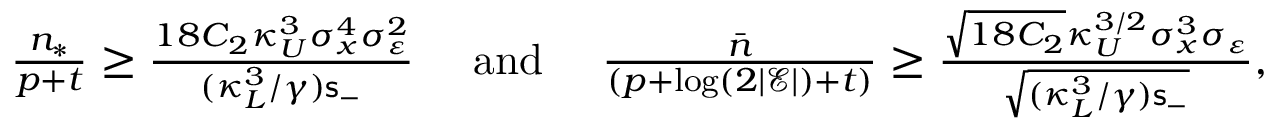
\begin{array} { r } { \frac { n _ { * } } { p + t } \ge \frac { 1 8 C _ { 2 } \kappa _ { U } ^ { 3 } \sigma _ { x } ^ { 4 } \sigma _ { \varepsilon } ^ { 2 } } { ( \kappa _ { L } ^ { 3 } / \gamma ) \mathsf { s } _ { - } } ~ ~ ~ ~ \mathrm { a n d } ~ ~ ~ ~ \frac { \bar { n } } { ( p + \log ( 2 | \mathcal { E } | ) + t ) } \ge \frac { \sqrt { 1 8 C _ { 2 } } \kappa _ { U } ^ { 3 / 2 } \sigma _ { x } ^ { 3 } \sigma _ { \varepsilon } } { \sqrt { ( \kappa _ { L } ^ { 3 } / \gamma ) \mathsf { s } _ { - } } } , } \end{array}